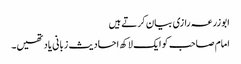
ابوزرعہ رازی بیان کرتے ہیں
امام صاحب کو ایک لاکھ احادیث زبانی یاد تھیں۔